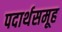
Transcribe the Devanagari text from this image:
पदार्थसमूह